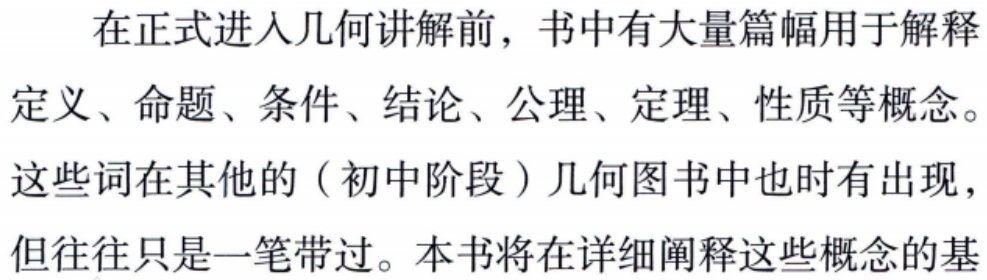
在正式进入几何讲解前，书中有大量篇幅用于解释

定义、命题、条件、结论、公理、定理、性质等概念。

这些词在其他的（初中阶段）几何图书中也时有出现，

但往往只是一笔带过。本书将在详细阐释这些概念的基